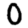
Digit: 0